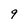
Character: 9